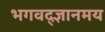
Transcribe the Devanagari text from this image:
भगवद्ज्ञानमय